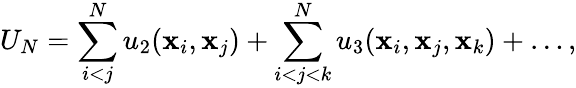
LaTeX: U_{N}=\sum_{i<j}^{N}u_{2}(\mathbf{x}_{i},\mathbf{x}_{j})+\sum_{i<j<k}^{N}u_{3}(\mathbf{x}_{i},\mathbf{x}_{j},\mathbf{x}_{k})+\ldots,